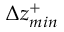
\Delta z _ { m i n } ^ { + }